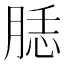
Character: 𦜙